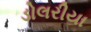
ડોલરીયા